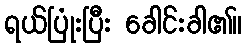
ရယ်ပြုံးပြီး ခေါင်းခါ၏။